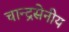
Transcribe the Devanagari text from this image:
चान्द्रसेनीय